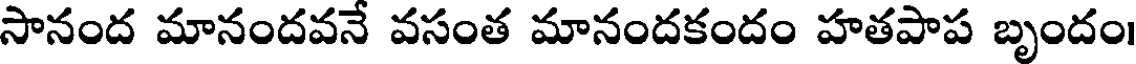
సానంద మానందవనే వసంత మానందకందం హతపాప బృందం